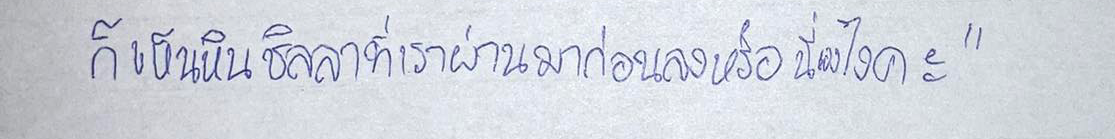
ก็เห็นหินซิลลาที่เราผ่านมาก่อนลงเรือนี่เองไงคะ"